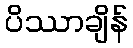
ပိဿာချိန်